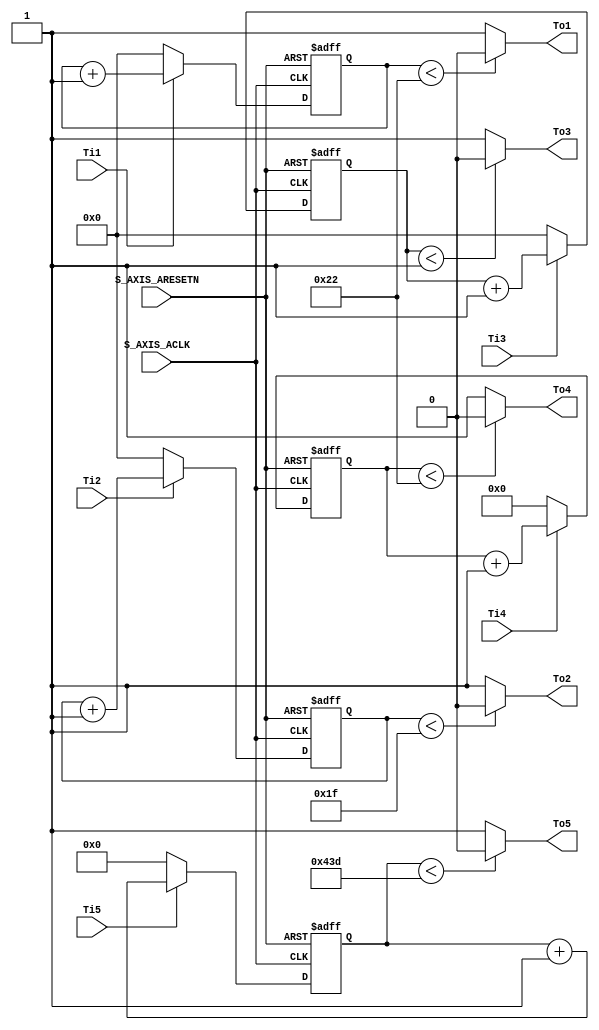
module Timer(
S_AXIS_ACLK,S_AXIS_ARESETN,Ti1,Ti2,Ti3,Ti4,Ti5,To1,To2,To3,To4,To5
);
	
    input  S_AXIS_ACLK;
    input  S_AXIS_ARESETN;
    input  Ti1,Ti2,Ti3,Ti4,Ti5;
    output To1,To2,To3,To4,To5;
    
    reg [7:0]  cnt1;
    reg [7:0]  cnt2;
    reg [7:0]  cnt3;
    reg [11:0] cnt4;
    reg [12:0] cnt5;
    
    //  5 
    always @(posedge S_AXIS_ACLK or negedge S_AXIS_ARESETN) begin
        if(!S_AXIS_ARESETN)
            cnt1 <= 0;
        else begin
            if(Ti1)
                cnt1 <= cnt1 + 1'b1;
            else 
                cnt1 <= 0;
        end
    end
    always @(posedge S_AXIS_ACLK or negedge S_AXIS_ARESETN) begin
        if(!S_AXIS_ARESETN)
            cnt2 <= 0;
        else begin
            if(Ti2)
                cnt2 <= cnt2 + 1'b1;
            else 
                cnt2 <= 0;
        end
    end
    always @(posedge S_AXIS_ACLK or negedge S_AXIS_ARESETN) begin
        if(!S_AXIS_ARESETN)
            cnt3 <= 0;
        else begin
            if(Ti3)
                cnt3 <= cnt3 + 1'b1;
            else 
                cnt3 <= 0;
        end
    end
    always @(posedge S_AXIS_ACLK or negedge S_AXIS_ARESETN) begin
        if(!S_AXIS_ARESETN)
            cnt4 <= 0;
        else begin
            if(Ti4)
                cnt4 <= cnt4 + 1'b1;
            else 
                cnt4 <= 0;
        end
    end
    always @(posedge S_AXIS_ACLK or negedge S_AXIS_ARESETN) begin
        if(!S_AXIS_ARESETN)
            cnt5 <= 0;
        else begin
            if(Ti5)
                cnt5 <= cnt5 + 1'b1;
            else 
                cnt5 <= 0;
        end
    end

    assign To1 = (cnt1 < 8'd34)? 0:1;
    assign To2 = (cnt2 < 8'd31)? 0:1;
    assign To3 = (cnt3 < 8'd1)?  0:1;
    assign To4 = (cnt4 < 12'd34)?   0:1;
    assign To5 = (cnt5 < 13'd1085)? 0:1;
    
endmodule